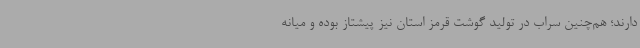
دارند؛ هم‌چنین سراب در تولید گوشت قرمز استان نیز پیشتاز بوده و میانه